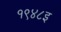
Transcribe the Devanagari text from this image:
१९४८इ